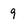
Character: 9